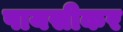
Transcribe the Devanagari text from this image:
पायसीकर